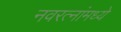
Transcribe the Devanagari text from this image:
नवरत्‍नांमध्ये